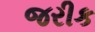
જરીક